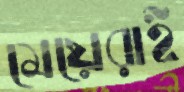
মেয়েরাই